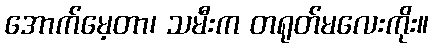
အောက်မေ့တာ၊ သမီးက တရုတ်မလေးကိုး။